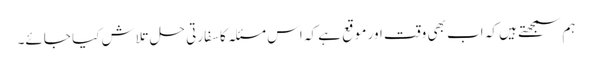
ہم سمجھتے ہیں کہ اب بھی وقت اور موقع ہے کہ اس مسئلہ کا سفارتی حل تلاش کیا جائے۔